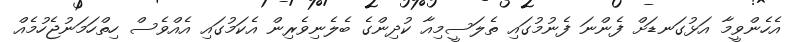
އެހެންވީމާ އަޅުގަނޑަށް ފެންނަ ފެނުމުގައި ތެލަސީމިއާ ކުދިންގެ ބެލެނިވެރިން އެކަމުގައި އެއްވެސް ހިތްހަމަނުޖެހުމެއް